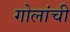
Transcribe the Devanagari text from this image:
गोलांची